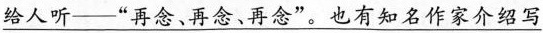
\underline{给人听——“吾念、再念、再念”。也有知名作家介绍写}